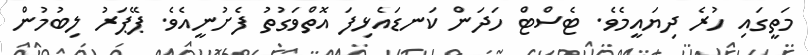
މަތީގައި ހުރެ ދިޔައީމެވެ. ޓެސްޓް ހަދަން ކަނޑައެޅިފަ އޮތްވަގުތު ފެށުނީއެވެ. ޕޭޕަރު ލިބުމުން